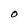
Character: O